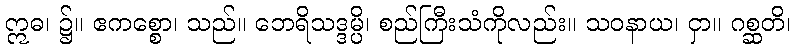
ဣဓ၊ ၌။ ဧကစ္စော၊ သည်။ ဘေရိသဒ္ဒမ္ပိ၊ စည်ကြီးသံကိုလည်း။ သဝနာယ၊ ငှာ။ ဂစ္ဆတိ၊